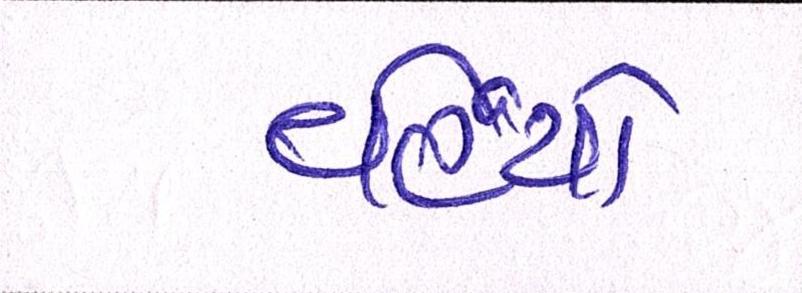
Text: વહેંચો